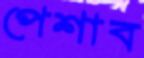
পেশাব